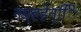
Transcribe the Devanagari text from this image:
नप्र्हहेन्िि